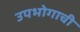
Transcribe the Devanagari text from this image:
उपभोगाची